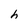
Character: h